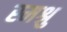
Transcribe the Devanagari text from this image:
स्मश्रु